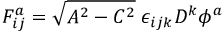
F _ { i j } ^ { a } = \sqrt { A ^ { 2 } - C ^ { 2 } } \; \epsilon _ { i j k } D ^ { k } \phi ^ { a }